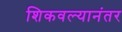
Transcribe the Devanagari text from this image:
शिकवल्यानंतर